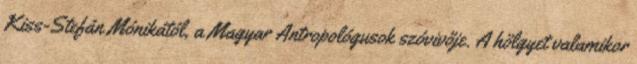
Kiss-Stefán Mónikától, a Magyar Antropológusok szóvivője. A hölgyet valamikor